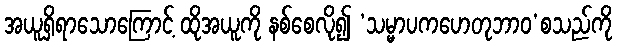
အယူရှိရာသောကြောင့် ထိုအယူကို နစ်စေလို၍ ‘သမ္မာပကဟေတုဘာဝ’စသည်ကို